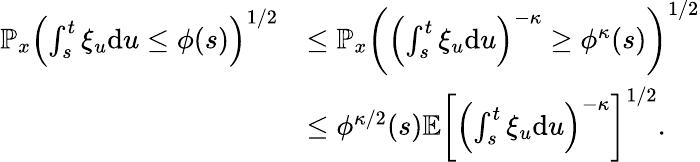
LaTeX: \begin{array}{rl}{\mathbb{P}_{x}\left(\int_{s}^{t}\xi_{u}\mathrm{d}u\le\phi(s)\right)^{1/2}}&{\le\mathbb{P}_{x}\left(\left(\int_{s}^{t}\xi_{u}\mathrm{d}u\right)^{-\kappa}\ge\phi^{\kappa}(s)\right)^{1/2}}\\ &{\le\phi^{\kappa/2}(s)\mathbb{E}\left[\left(\int_{s}^{t}\xi_{u}\mathrm{d}u\right)^{-\kappa}\right]^{1/2}.}\end{array}